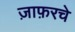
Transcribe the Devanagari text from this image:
ज़ाफ़रचे